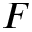
F